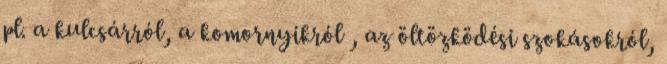
pl. a kulcsárról, a komornyikról , az öltözködési szokásokról,